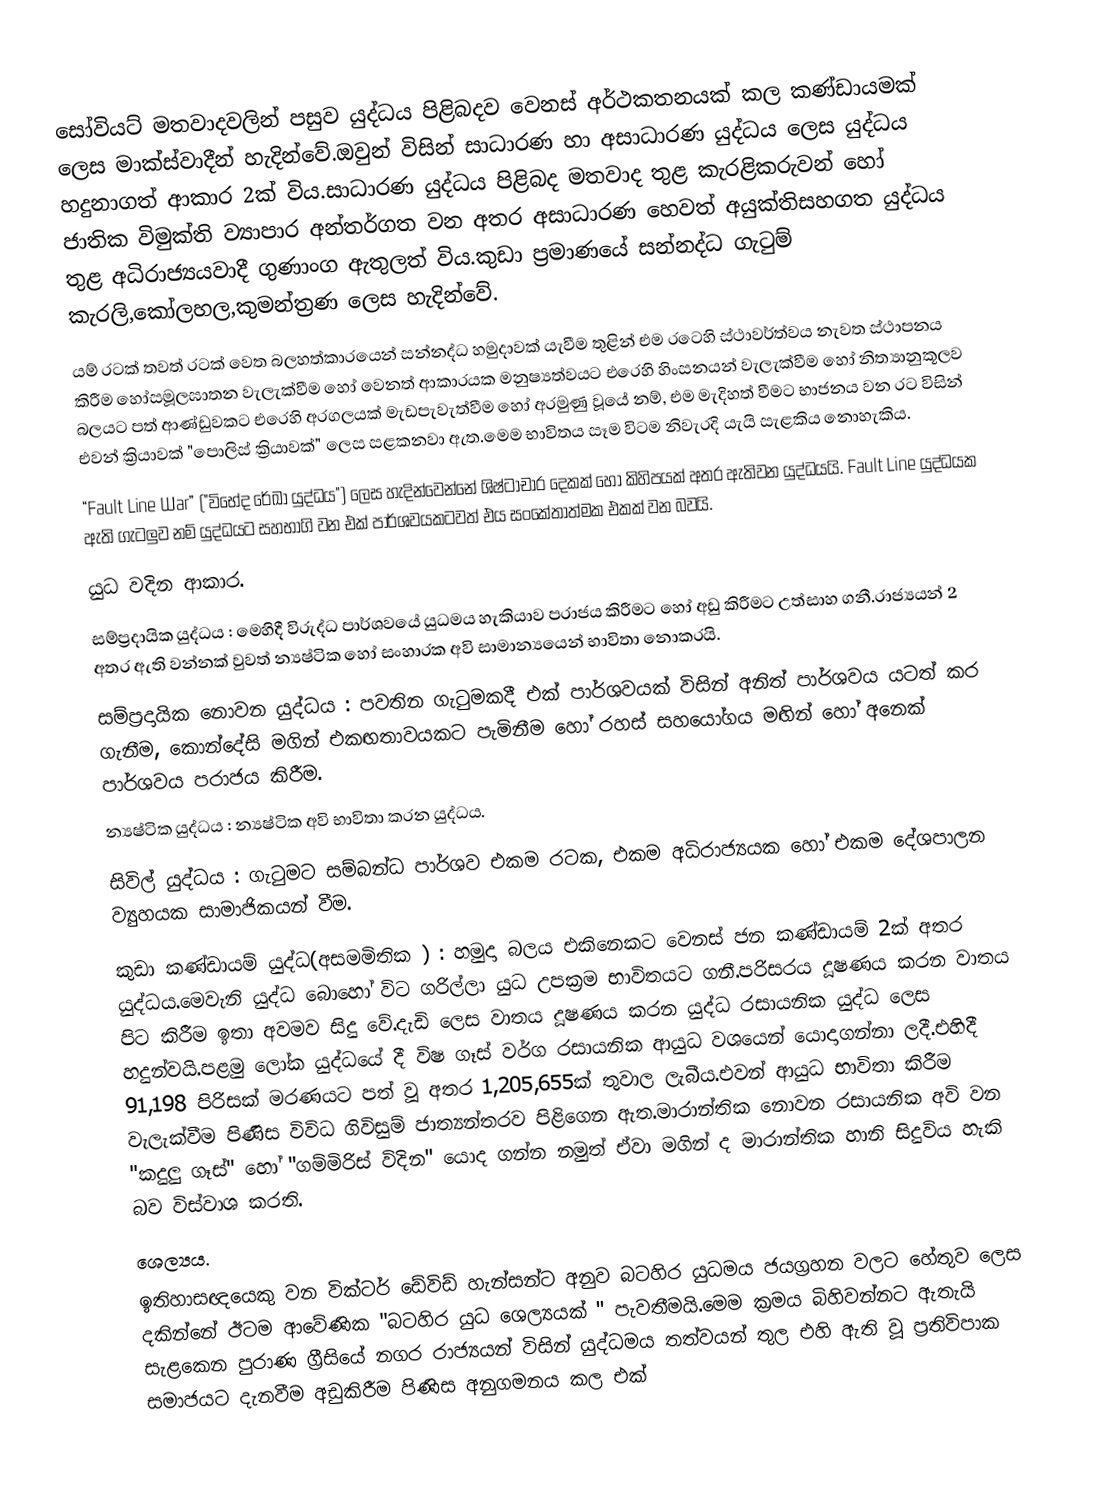
සෝවියට් මතවාදවලින් පසුව යුද්ධය පිළිබදව වෙනස් අර්ථකතනයක් කල කණ්ඩායමක් ලෙස මාක්ස්වාදීන් හැදින්වේ.ඔවුන් විසින් සාධාරණ හා අසාධාරණ යුද්ධය ලෙස යුද්ධය හදුනාගත් ආකාර 2ක් විය.සාධාරණ යුද්ධය පිළිබද මතවාද තුළ කැරළිකරුවන් හෝ ජාතික විමුක්ති ව්‍යාපාර අන්තර්ගත වන අතර අසාධාරණ හෙවත් අයුක්තිසහගත යුද්ධය තුළ අධිරාජ්‍යයවාදී ගුණාංග ඇතුලත් විය.කුඩා ප්‍රමාණයේ සන්නද්ධ ගැටුම් කැරලි,කෝලහල,කුමන්ත්‍රණ ලෙස හැදින්වේ.
යම් රටක් තවත් රටක් වෙත බලහත්කාරයෙන් සන්නද්ධ හමුදාවක් යැවීම තුළින් එම රටෙහි ස්ථාවර්ත්වය නැවත ස්ථාපනය කිරීම හෝසමූලඝාතන වැලැක්වීම හෝ වෙනත් ආකාරයක මනුෂ්‍යත්වයට එරෙහි හිංසනයන් වැලැක්වීම හෝ නිත්‍යානුකූලව බලයට පත් ආණ්ඩුවකට එරෙහි අරගලයක් මැඩපැවැත්වීම හෝ අරමුණු වූයේ නම්, එම මැදිහත් වීමට භාජනය වන රට විසින් එවන් ක්‍රියාවක් "පොලිස් ක්‍රියාවක්" ලෙස සළකනවා ඇත.මෙම භාවිතය සෑම විටම නිවැරදි යැයි සැළකිය නොහැකිය.
“Fault Line War” ("විභේද රේඛා යුද්ධය") ලෙස හැදින්වෙන්නේ ශිෂ්ටාචාර දෙකක් හෝ කිහිපයක් අතර ඇතිවන යුද්ධයයි. Fault Line යුද්ධයක ඇති ගැටලුව නම් යුද්ධයට සහභාගි වන එක් පාර්ශවයකටවත් එය සංකේතාත්මක එකක් වන බවයි.
යුධ වදින ආකාර.
සම්ප්‍රදායික යුද්ධය : මෙහිදී විරුද්ධ පාර්ශවයේ යුධමය හැකියාව පරාජය කිරීමට හෝ අඩු කිරීමට උත්සාහ ගනී.රාජ්‍යයන් 2 අතර ඇති වන්නක් වුවත් න්‍යෂ්ටික හෝ සංහාරක අවි සාමාන්‍යයෙන් භාවිතා නොකරයි.
සම්ප්‍රදායික නොවන යුද්ධය : පවතින ගැටුමකදී එක් පාර්ශවයක් විසින් අනිත් පාර්ශවය යටත් කර ගැනීම, කොන්දේසි මගින් එකඟතාවයකට පැමිනීම හෝ රහස් සහයෝගය මඟින් හෝ අනෙක් පාර්ශවය පරාජය කිරීම.
න්‍යෂ්ටික යුද්ධය : න්‍යෂ්ටික අවි භාවිතා කරන යුද්ධය.
සිවිල් යුද්ධය : ගැටුමට සම්බන්ධ පාර්ශව එකම රටක, එකම අධිරාජ්‍යයක හෝ එකම දේශපාලන ව්‍යුහයක සාමාජිකයන් වීම.
කුඩා කණ්ඩායම් යුද්ධ(අසමමිතික ) : හමුදා බලය එකිනෙකට වෙනස් ජන කණ්ඩායම් 2ක් අතර යුද්ධය.මෙවැනි යුද්ධ බොහෝ විට ගරිල්ලා යුධ උපක්‍රම භාවිතයට ගනී.පරිසරය දූෂණය කරන වාතය පිට කිරීම ඉතා අවමව සිදු වේ.දැඩි ලෙස වාතය දූෂණය කරන යුද්ධ රසායනික යුද්ධ ලෙස හදුන්වයි.පළමු ලෝක යුද්ධයේ දී විෂ ගෑස් වර්ග රසායනික ආයුධ වශයෙන් යොදාගන්නා ලදී.එහිදී 91,198 පිරිසක් මරණයට පත් වූ අතර  1,205,655ක් තුවාල ලැබීය.එවන් ආයුධ භාවිතා කිරීම වැලැක්වීම පිණිස විවිධ ගිවිසුම් ජාත්‍යන්තරව පිළිගෙන ඇත.මාරාන්තික නොවන රසායනික අවි වන "කදුලු ගෑස්" හෝ "ගම්මිරිස් විදින" යොද ගන්න නමුත් ඒවා මගින් ද මාරාන්තික හානි සිදුවිය හැකි බව විස්වාශ කරති.
ශෙල්‍යය.
ඉතිහාසඥයෙකු වන වික්ටර් ඩේවිඩ් හැන්සන්ට අනුව බටහිර යුධමය ජයග්‍රහන වලට හේතුව ලෙස දකින්නේ ඊටම ආවේණික "බටහිර යුධ ශෙල්‍යයක් " පැවතීමයි.මෙම ක්‍රමය බිහිවන්නට ඇතැයි සැළකෙන පුරාණ ග්‍රීසියේ නගර රාජ්‍යයන් විසින් යුද්ධමය තත්වයන් තුල එහි ඇති වූ ප්‍රතිවිපාක සමාජයට දැනවීම අඩුකිරීම පිණිස අනුගමනය කල එක්